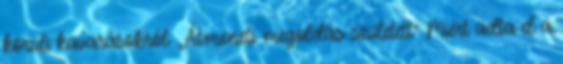
körüli kavarásokról: „Átmeneti megoldás született” Miért adta el a